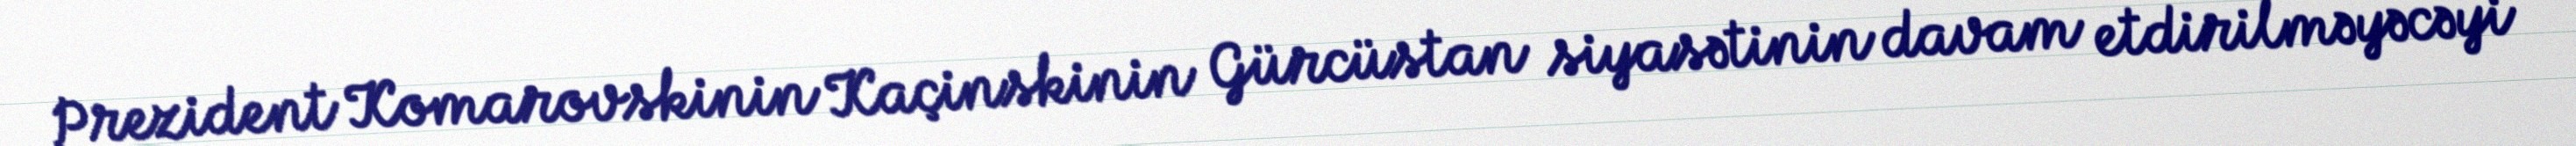
Prezident Komarovskinin Kaçinskinin Gürcüstan siyasətinin davam etdirilməyəcəyi